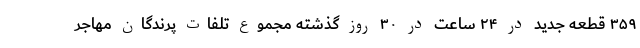
۳۵۹ قطعه جدید در ۲۴ ساعت در ۳۰ روز گذشته مجموع تلفات پرندگان مهاجر